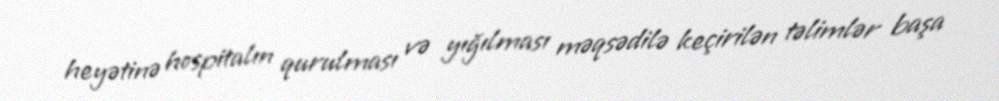
heyətinə hospitalın qurulması və yığılması məqsədilə keçirilən təlimlər başa